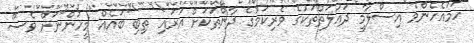
ހަމައެހެންމެ އިސްލާމީ ދައުލަތްތަކުގެ ވެރިކަމުގެ ދާންތަކަށް އަރައި ތިބި ބައެއް މީހުންނަށް ވެސް